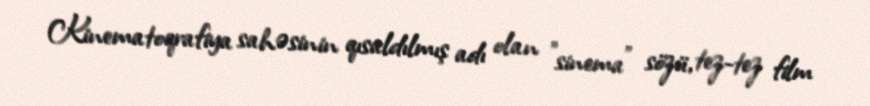
Kinematoqrafiya sahəsinin qısaldılmış adı olan "sinema" sözü, tez-tez film